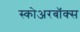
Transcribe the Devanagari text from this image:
स्कोअरबॉक्स